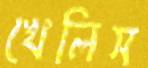
খেলিস